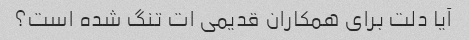
آیا دلت برای همکاران قدیمی ات تنگ شده است؟